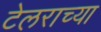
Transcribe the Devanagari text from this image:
टेलराच्या